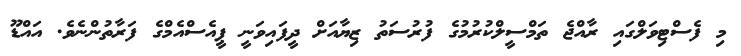
މި ފެސްޓިވަލްގައި ރާއްޖެ ތަމްސީލްކުރުމުގެ ފުރުސަތު ޒިޔާއަށް ދީފައިވަނީ ޕީއެސްއެމްގެ ފަރާތުންނެވެ. އައްޑޫ